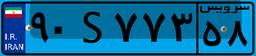
۱۵S۹۲۷۸۳